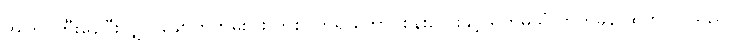
အကြာကြီးနေပြီးလျှင် ချောက်ကမ်းပါး တစ်ဝက်ရှိ တောင်စွန်းလေးနှင့် ရိုက်မိသံ ဘုတ်ခနဲ ထွက်လာသည်။